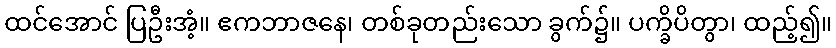
ထင်အောင် ပြဦးအံ့။ ဧကဘာဇနေ၊ တစ်ခုတည်းသော ခွက်၌။ ပက္ခိပိတွာ၊ ထည့်၍။